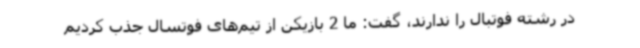
در رشته فوتبال را ندارند، گفت: ما 2 بازیکن از تیم‌های فوتسال جذب کردیم